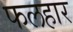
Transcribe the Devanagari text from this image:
फलहार